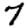
Digit: 7